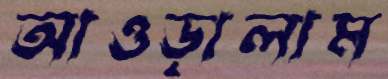
আওড়ালাম